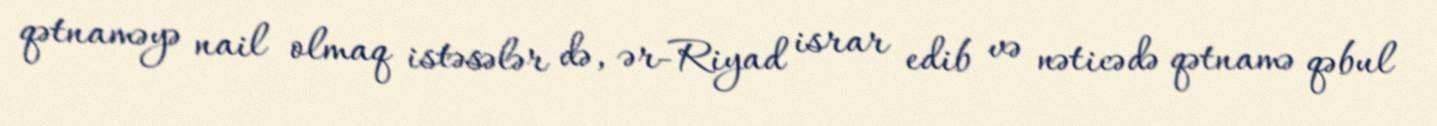
qətnaməyə nail olmaq istəsələr də, ər-Riyad israr edib və nəticədə qətnamə qəbul